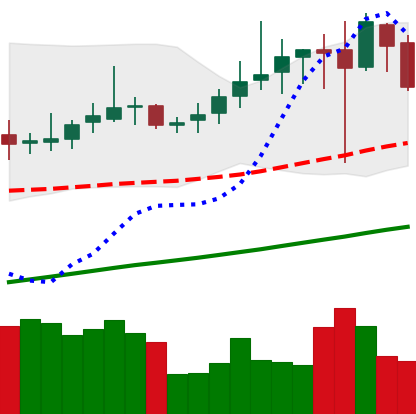
Ticker: DOGE-USD
Chart end date: 2019-06-30
Forward return: 18.692%
Label: up_7plus